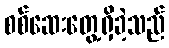
စစ်ဆေးတွေ့ရှိခဲ့သည်